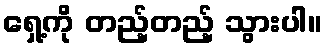
ရှေ့ကို တည့်တည့် သွားပါ။